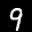
Label: 9